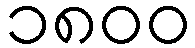
၁၈၀၀